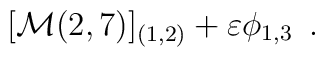
[{\cal M}(2,7)]_{(1,2)} + \varepsilon  \phi_{1,3}\,\,\,.